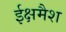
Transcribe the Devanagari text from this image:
ईक्षमैश